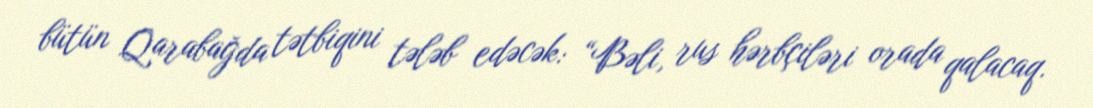
bütün Qarabağda tətbiqini tələb edəcək: “Bəli, rus hərbçiləri orada qalacaq.